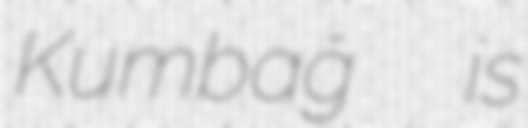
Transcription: Kumbağ  is